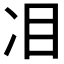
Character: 𠖻